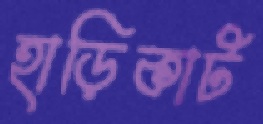
হাড়িকাট